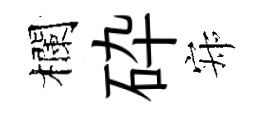
欄砕寂